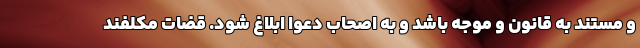
و مستند به قانون و موجه باشد و به اصحاب دعوا ابلاغ شود. قضات مکلفند